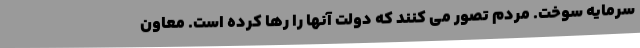
سرمایه سوخت. مردم تصور می کنند که دولت آنها را رها کرده است. معاون